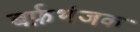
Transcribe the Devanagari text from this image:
बर्फ़भंजक